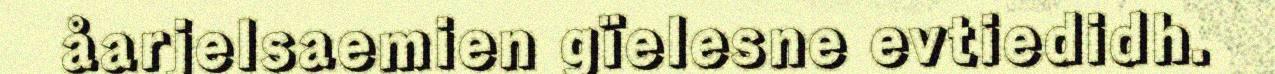
åarjelsaemien gïelesne evtiedidh.